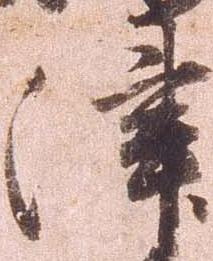
津